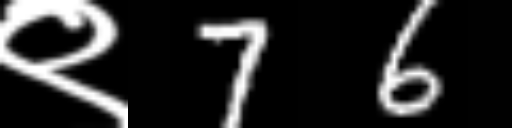
Text: ९76